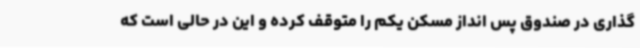
گذاری در صندوق پس انداز مسکن یکم را متوقف کرده و این در حالی است که